Document type: Dowry
Year: 1238
Scribe: Berenguer Jaume
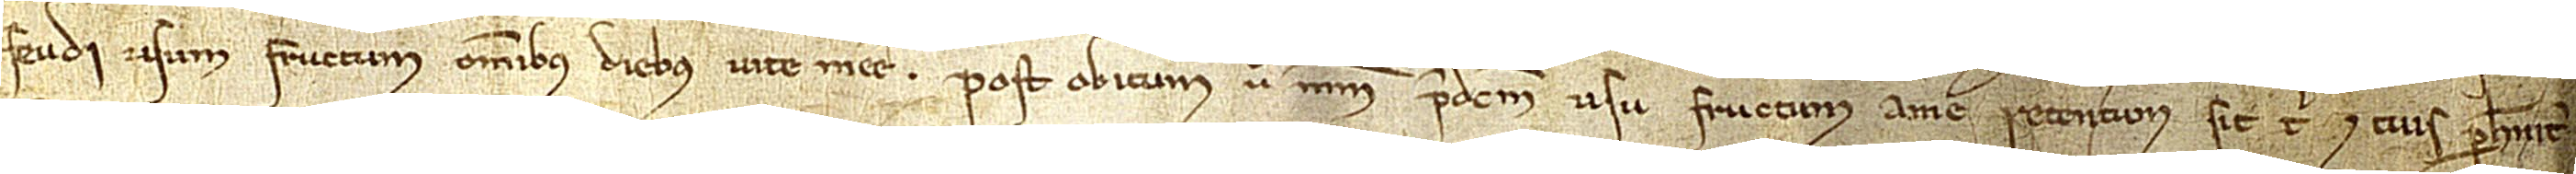
feudi usum fructum omnibus diebus vite mee. Post obitum vero meum predictum usu fructum a me retentum sit tibi et tuis perhenniter